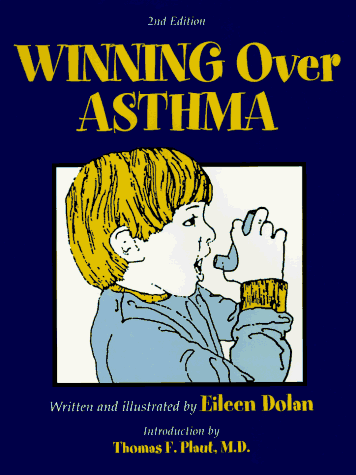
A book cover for Winning over Asthma; Eileen Dolan Savage; Health, Fitness & Dieting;